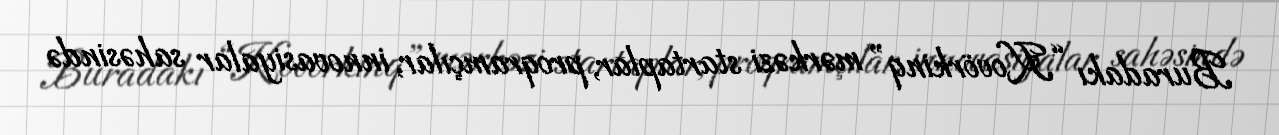
Buradakı “Kovörkinq” mərkəzi startaplar, proqramçılar, innovasiyalar sahəsində